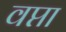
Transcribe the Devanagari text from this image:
वप्ता